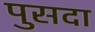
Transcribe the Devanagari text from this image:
पुसदा